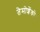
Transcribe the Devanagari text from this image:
तेमोशेंको